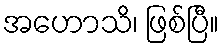
အဟောသိ၊ ဖြစ်ပြီ။